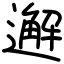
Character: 邂